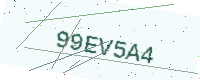
Text: 99EV5A4